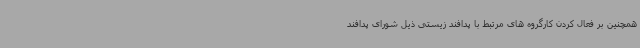
همچنین بر فعال کردن کارگروه های مرتبط با پدافند زیستی ذیل شورای پدافند